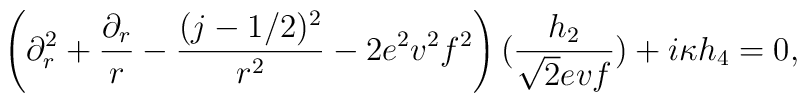
\left(\partial_r^2 +{\partial_r\over r}-{(j-1/2)^2\over r^2} -2e^2v^2f^2\right) ({h_2\over \sqrt{2}evf}) +i\kappa h_4=0,